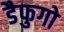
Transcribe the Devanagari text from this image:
डैफुगो